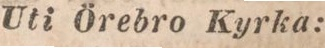
Uti Örebro Kyrka: